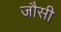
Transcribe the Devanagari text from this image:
जौसी